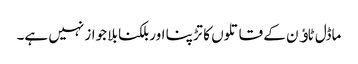
ماڈل ٹاﺅن کے قاتلوں کا تڑپنا اور بلکنا بلا جواز نہیں ہے۔